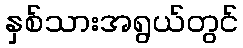
နှစ်သားအရွယ်တွင်